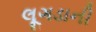
લૂગડાની